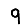
Digit: 9